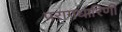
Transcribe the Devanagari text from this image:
परागधारिणी